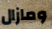
ومازال